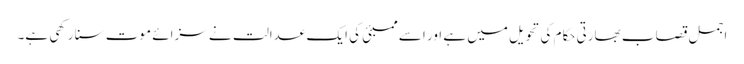
اجمل قصاب بھارتی حکام کی تحویل میں ہے اور اسے ممبئی کی ایک عدالت نے سزائے موت سنا رکھی ہے۔